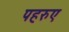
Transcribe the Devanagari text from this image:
पहरुए